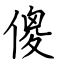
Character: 傻